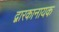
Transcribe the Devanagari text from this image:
द्वारकानायक